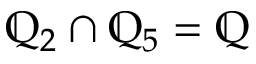
\mathbb { Q } _ { 2 } \cap \mathbb { Q } _ { 5 } = \mathbb { Q }